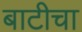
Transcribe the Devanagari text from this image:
बाटीचा